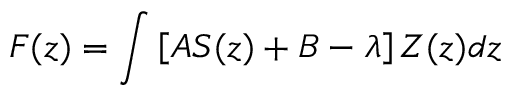
F ( z ) = \int \left[ A S ( z ) + B - \lambda \right] Z ( z ) d z